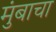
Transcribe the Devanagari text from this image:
मुंबाचा